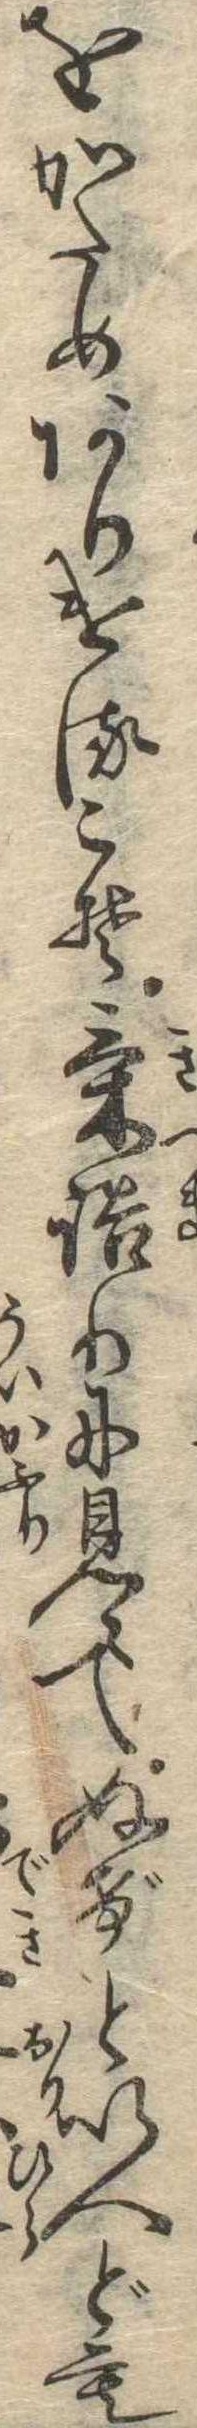
をかためありけるこそ気詰りに見えてぬげといへども